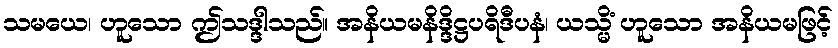
သမယေ၊ ဟူသော ဤသဒ္ဒါသည်။ အနိယမနိဒ္ဒိဋ္ဌပရိဒီပနံ၊ ယသ္မိံ ဟူသော အနိယမဖြင့်